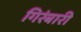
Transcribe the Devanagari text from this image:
गिरंबारी